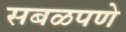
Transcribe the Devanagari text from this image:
सबळपणे